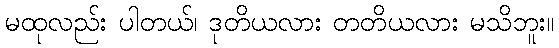
မထုလည်း ပါတယ်၊ ဒုတိယလား တတိယလား မသိဘူး။